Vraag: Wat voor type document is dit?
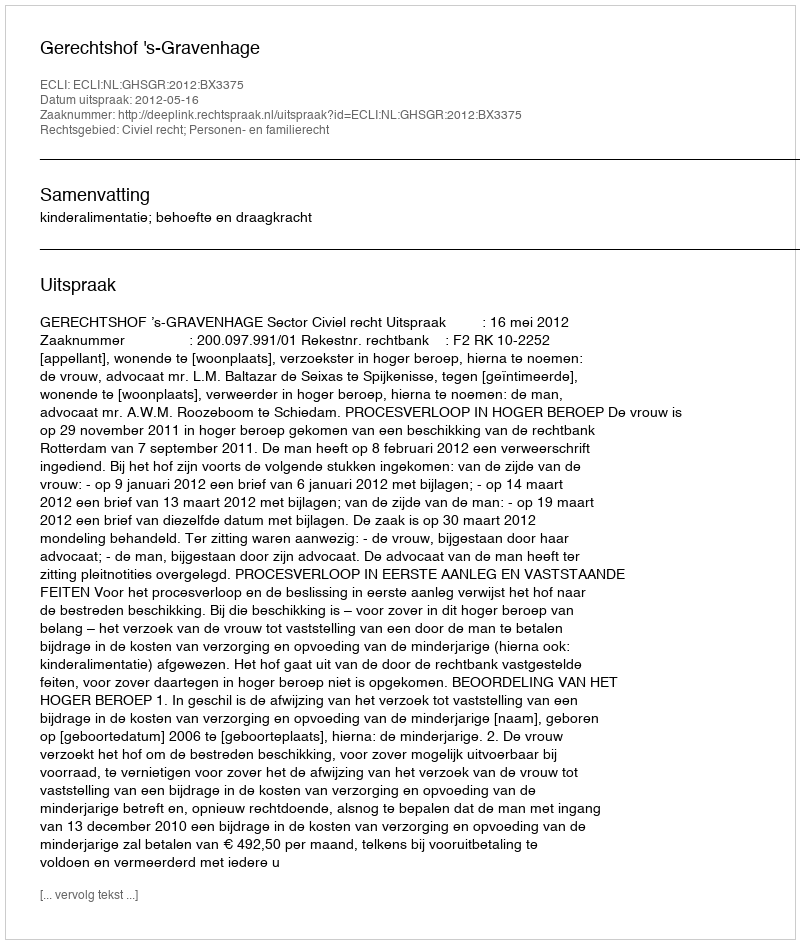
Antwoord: Uitspraak